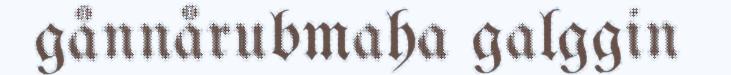
gånnårubmaha galggin